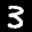
Label: 3